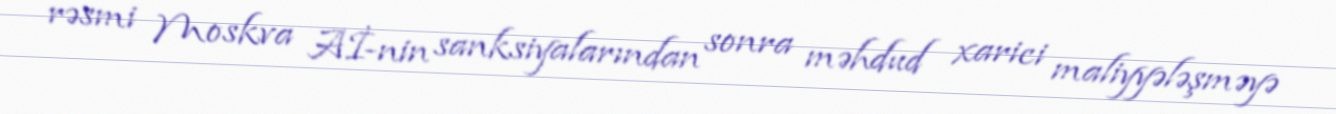
rəsmi Moskva Aİ-nin sanksiyalarından sonra məhdud xarici maliyyələşməyə